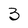
Character: 3